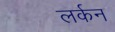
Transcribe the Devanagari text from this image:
लर्कन